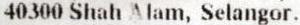
40300 SHAH ALAM, SELANGOR.